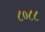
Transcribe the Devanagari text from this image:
८०८८